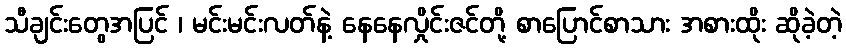
သီချင်းတွေအပြင် ၊ မင်းမင်းလတ်နဲ့ နေနေလှိုင်းဇင်တို့ စာပြောင်စာသား အစားထိုး ဆိုခဲ့တဲ့